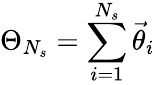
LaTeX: \Theta_{N_{s}}=\sum_{i=1}^{N_{s}}\vec{\theta}_{i}